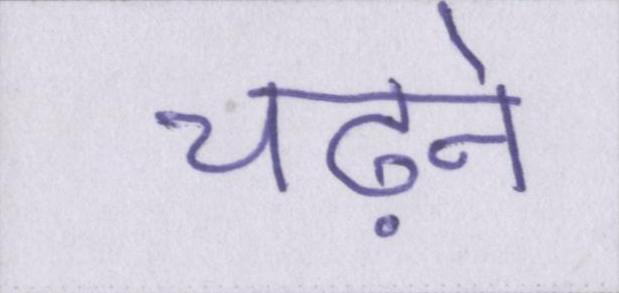
चढ़ने